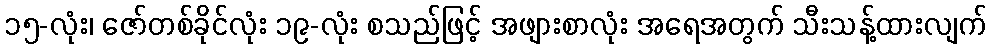
၁၅-လုံး၊ ဇော်တစ်ခိုင်လုံး ၁၉-လုံး စသည်ဖြင့် အဖျားစာလုံး အရေအတွက် သီးသန့်ထားလျက်